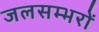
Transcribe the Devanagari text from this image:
जलसम्भरों